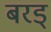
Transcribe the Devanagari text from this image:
बरड्